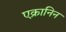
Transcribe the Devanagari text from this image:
एक्रानिन